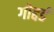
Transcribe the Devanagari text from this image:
गोद्दर्ड